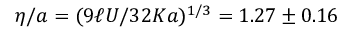
\eta / a = ( 9 \ell U / 3 2 K a ) ^ { 1 / 3 } = 1 . 2 7 \pm 0 . 1 6